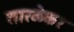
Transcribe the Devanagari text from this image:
तारळेकर